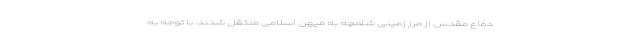
دفاع مقدس از مرز زمینی شلمچه به میهن اسلامی منتقل شدند. با توجه به